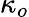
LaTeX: \kappa_{o}